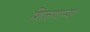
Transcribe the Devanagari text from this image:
शिजणार्‍या